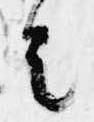
者